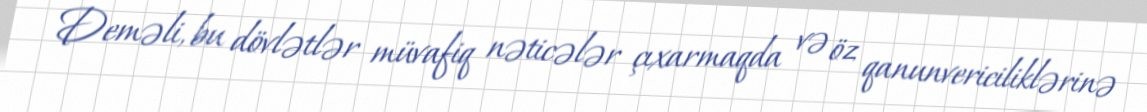
Deməli, bu dövlətlər müvafiq nəticələr çıxarmaqda və öz qanunvericiliklərinə